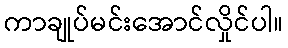
ကာချုပ်မင်းအောင်လှိုင်ပါ။